Annual report on the Civil Veterinary Department, Burma (including the Insein Veterinary School) - 1910-1922
Year: 1910
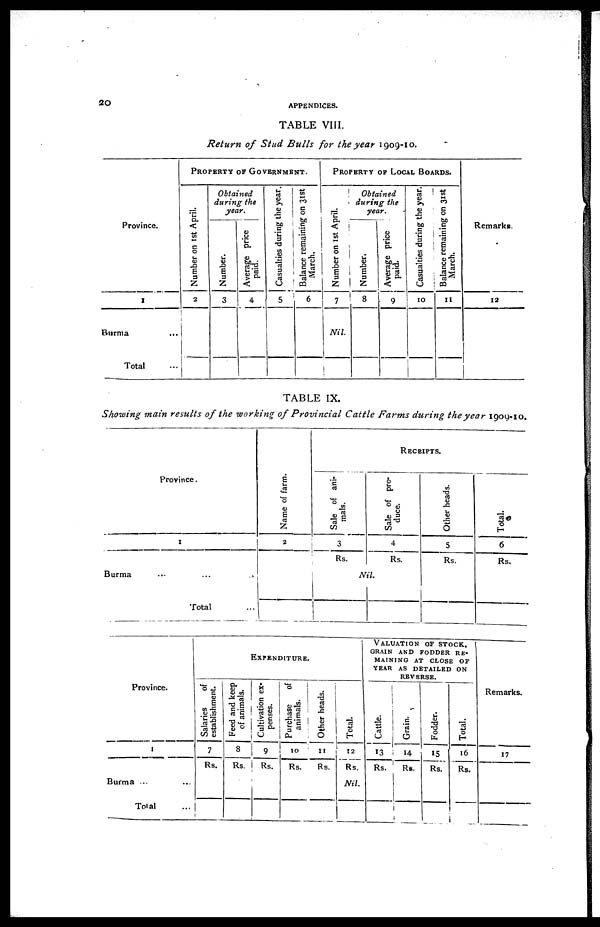
20
APPENDICES.
TABLE VIII.
Return of Stud Bulls for the year 1909-10.
Province.
1
Burma ...
Total ...
PROPERTY OF GOVERNMENT.
Number on 1st April.
2
Obtained
during the
year.
Number.
3
Average price
paid.
4
Casualties during the year.
5
Balance remaining on 31st
March.
6
PROPERTY OF LOCAL BOARDS.
Number on 1st April.
7
Nil.
Obtained
during the
year.
Number.
8
Average price
paid.
9
Casualties during the year.
10
Balance remaining on 31st
March.
11
Remarks.
12
TABLE IX.
Showing main results of the working of Provincial Cattle Farms during the year 1909-10.
Province.
1
Burma ... ... ...
Total ...
Na me of f ar m.
2
RECEIPTS.
Sale of ani-
mals.
3
Rs.
Sale of pro-
duce.
4
Rs.
Nil.
Other heads.
5
Rs.
Total.
6
Rs,
Province.
1
Burma ... ...
Total ...
EXPENDITURE.
Salaries
of
establishment.
7
Rs.
Feed and keep
of animals.
8
Rs.
Cultivation ex-
penses.
9
Rs.
Purchase of
animals.
10
Rs.
Other heads.
11
Rs.
Total.
12
Rs.
Nil.
VALUATION OF STOCK,
GRAIN AND FODDER RE-
MAINING AT CLOSE OF
YEAR AS DETAILED ON
REVERSE.
Cattle.
13
Rs.
Grain.
14
Rs.
15
Rs.
Total.
16
Rs.
Remarks.
17